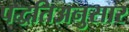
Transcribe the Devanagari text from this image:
पद्धतिअनुसार